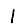
Digit: 1